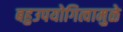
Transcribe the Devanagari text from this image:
बहुउपयोगित्वामुळे